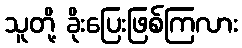
သူတို့ ခိုးပြေးဖြစ်ကြလား